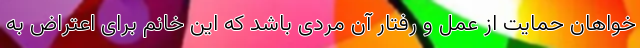
خواهان حمایت از عمل و رفتار آن مردی باشد که این خانم برای اعتراض به